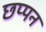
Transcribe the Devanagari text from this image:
छप्‍पन